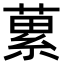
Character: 蔂